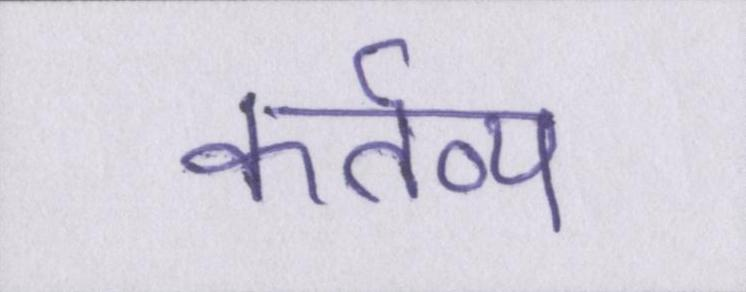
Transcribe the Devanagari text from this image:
कर्तव्य